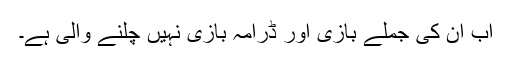
اب ان کی جملے بازی اور ڈرامہ بازی نہیں چلنے والی ہے۔